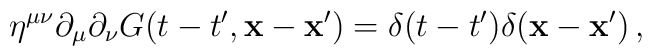
\eta^{\mu\nu}\partial_{\mu}\partial_{\nu} G(t-t',{\bf x - x'})=\delta(t-t')\delta({\bf x - x'})\,,